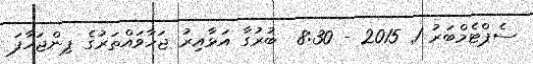
ސެޕްޓެމްބަރު 1